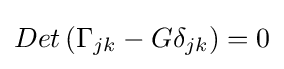
Det\left(\Gamma _{jk}-G\delta _{jk}\right)=0